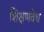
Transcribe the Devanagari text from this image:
शिक्षणवेध